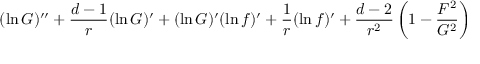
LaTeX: ( \ln G ) ^ { \prime \prime } + { \frac { d - 1 } { r } } ( \ln G ) ^ { \prime } + ( \ln G ) ^ { \prime } ( \ln f ) ^ { \prime } + { \frac { 1 } { r } } ( \ln f ) ^ { \prime } + { \frac { d - 2 } { r ^ { 2 } } } \left( 1 - { \frac { F ^ { 2 } } { G ^ { 2 } } } \right)